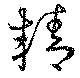
精